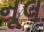
નૂલ